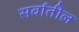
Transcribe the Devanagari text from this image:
सर्वांतील